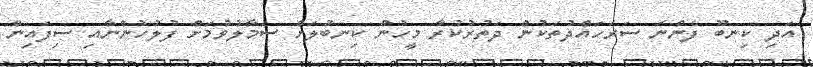
އަދި ކިނބޫ ފެންނަ ސަރަހައްދުތަކުން ދަތުރުކުރާ މީހުން ކިނބުލަށް ސަމާލުވުމަށް ފުލުހުންނާއި ސިފައިން